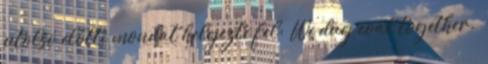
utolsó előtti mondat helyezte fel: “We dug coal together.”